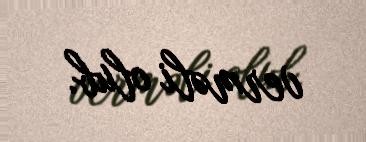
verməli olub.